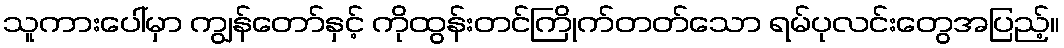
သူကားပေါ်မှာ ကျွန်တော်နှင့် ကိုထွန်းတင်ကြိုက်တတ်သော ရမ်ပုလင်းတွေအပြည့်။